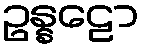
ဥန္နဠော